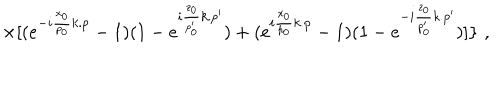
LaTeX: \times [ ( e ^ { - i \frac { x _ { 0 } } { p _ { 0 } } k . p } - 1 ) ( 1 - e ^ { i \frac { z _ { 0 } } { p _ { 0 } ^ { \prime } } k . p ^ { \prime } } ) + ( e ^ { i \frac { x _ { 0 } } { p _ { 0 } } k . p } - 1 ) ( 1 - e ^ { - i \frac { z _ { 0 } } { p _ { 0 } ^ { \prime } } k . p ^ { \prime } } ) ] \} \, \, ,